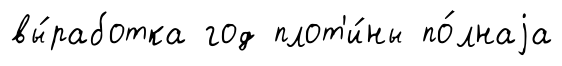
вы́работка год плот'и́ны по́лнаjа